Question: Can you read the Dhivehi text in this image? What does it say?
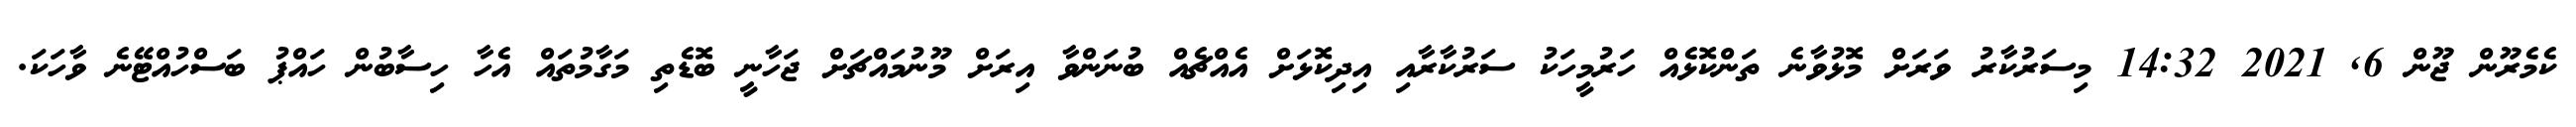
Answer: ކެމެރޫން ޖޫން 6, 2021 14:32 މިސަރުކާރު ވަރަށް މޮޅުވާނެ ތަންކޮޅެއް ހަރުމީހަކު ސަރުކާރާއި އިދިކޮޅަށް އެއްޗެއް ބުނަންވާ އިރަށް މޫނުމައްޗަށް ޖަހާނީ ބޮޑެތި މަގާމުތައް އެހާ ހިސާބުން ހައްޕު ބަސްހުއްޓޭނެ ވާހަކަ.